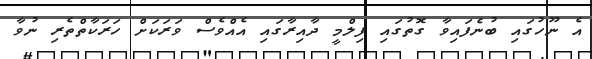
އެ ނޫހުގައި ބުނެފައިވާ ގޮތުގައި ފިލްމީ ދާއިރާގައި އެއްވެސް ވަރަކަށް ހަރަކާތްތެރި ނުވާ